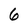
Character: 6